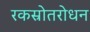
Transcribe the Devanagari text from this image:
रकस्रोतरोधन